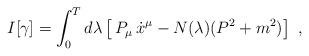
LaTeX: \begin{align*}I[\gamma]=\int_0^T d\lambda \left[\,P_\mu\,\dot x^\mu-N(\lambda)(P^2+m^2)\right]\ ,\end{align*}